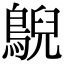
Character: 鶃